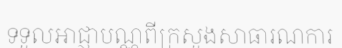
ទទួលអាជ្ញាបណ្ណពីក្រសួងសាធារណការ